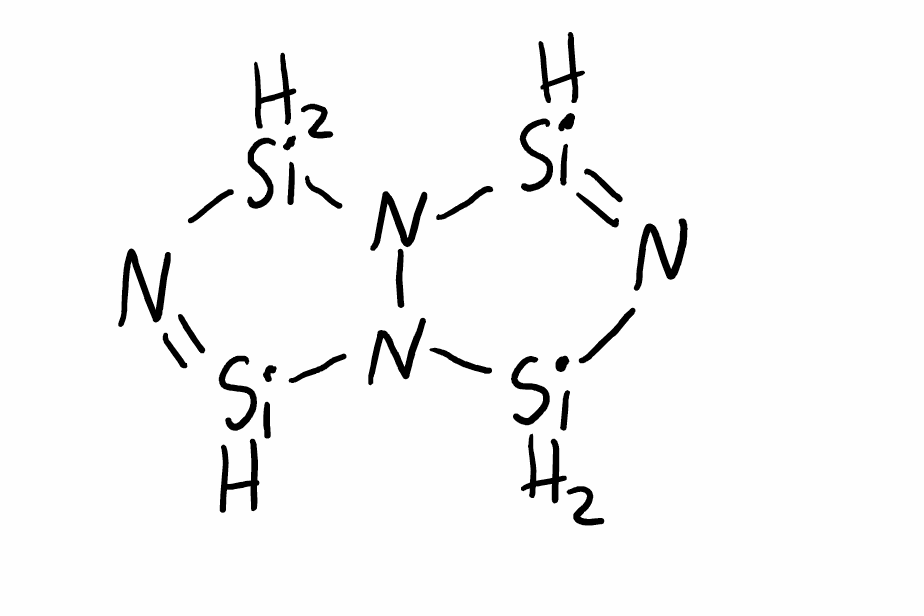
Simplified molecular-input line-entry system (SMILES) notation of the given molecule:
N1=[SiH]N2N([SiH2]1)[SiH]=N[SiH2]2